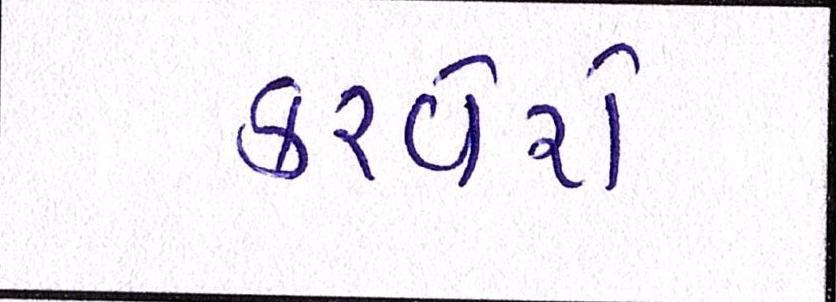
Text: કરવેરો